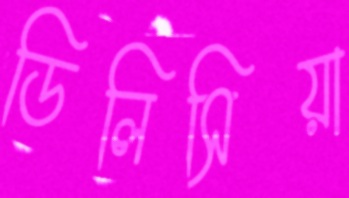
ডিলিসিয়া